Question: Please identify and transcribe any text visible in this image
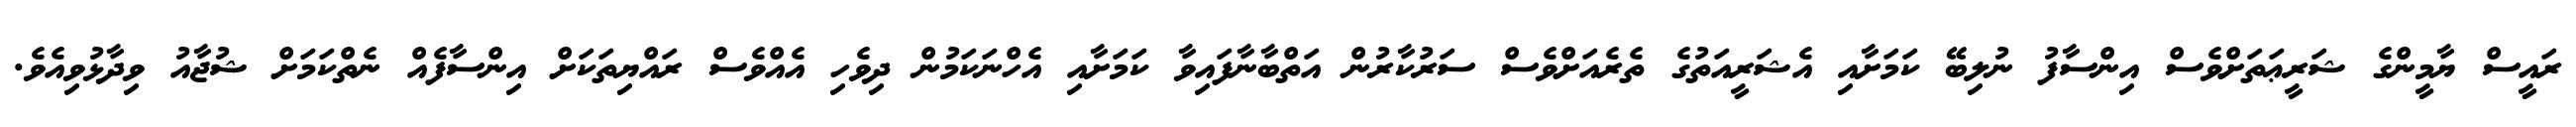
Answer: ރައީސް ޔާމީންގެ ޝަރީޢަތަށްވެސް އިންސާފު ނުލިބޭ ކަމަށާއި އެޝަރީއަތުގެ ތެރެއަށްވެސް ސަރުކާރުން އަތްބާނާފައިވާ ކަމަށާއި އެހްނަކަމުން ދިވެހި އެއްވެސް ރައްޔިތަކަށް އިންސާފެއް ނެތްކަމަށް ޝުޖާއު ވިދާޅުވިއެވެ.